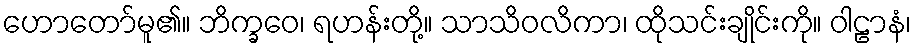
ဟောတော်မူ၏။ ဘိက္ခဝေ၊ ရဟန်းတို့။ သာသိဝလိကာ၊ ထိုသင်းချိုင်းကို။ ဝါဠာနံ၊